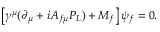
\left[ \gamma ^ { \mu } ( \partial _ { \mu } + i A _ { f \mu } { \cal P } _ { L } ) + M _ { f } \right] \psi _ { f } = 0 .